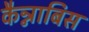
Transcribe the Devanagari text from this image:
कैन्नाबिस